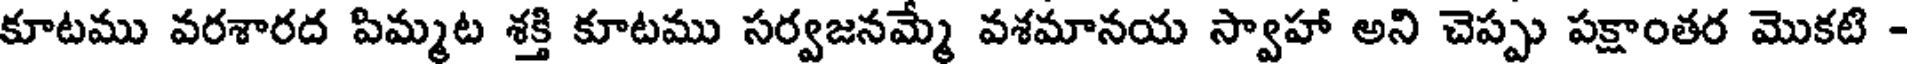
కూటము వరశారద పిమ్మట శక్తి కూటము సర్వజనమ్మ వశమానయ స్వాహా అని చెప్పు పక్షాంతర మొకటి -